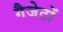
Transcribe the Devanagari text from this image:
गैजेटों